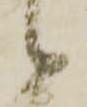
候